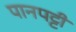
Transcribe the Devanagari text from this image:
पानपट्टी